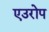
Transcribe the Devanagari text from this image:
एउरोप